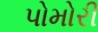
પોમોરી